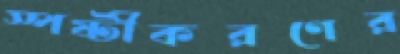
স্পষ্টীকরণের